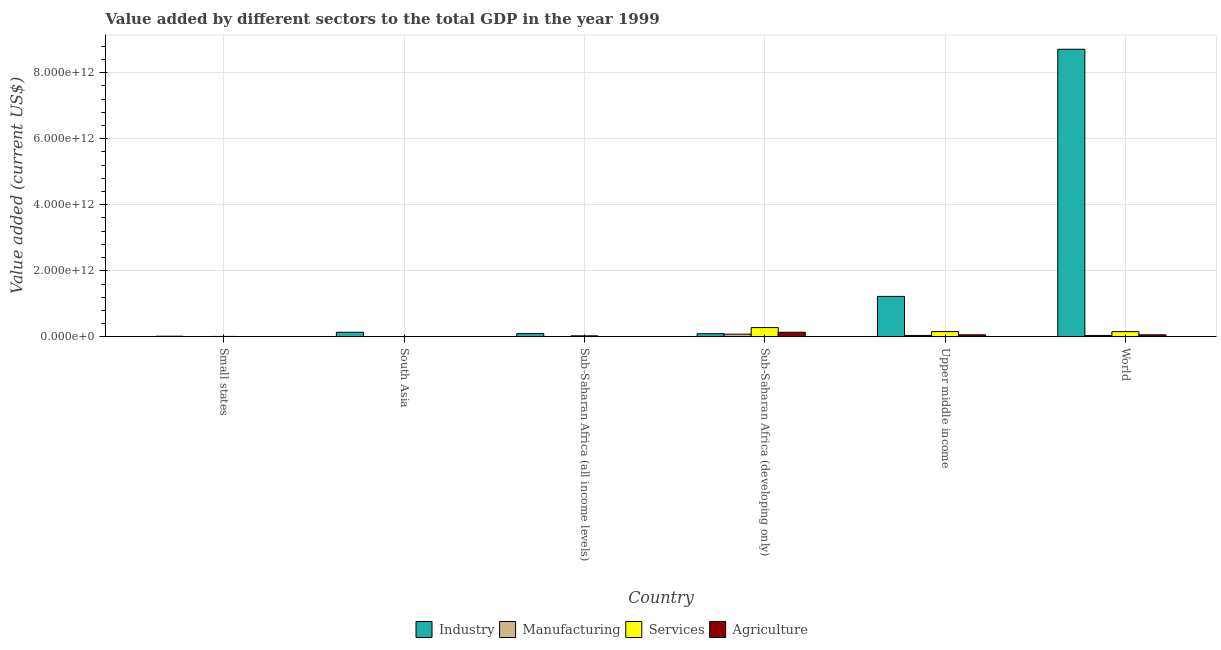
| Country | Industry | Manufacturing | Services | Agriculture |
 | --- | --- | --- | --- | --- |
 | Small states | 2.01e+10 | 3.18e+09 | 1.33e+10 | 2.44e+09 |
 | South Asia | 1.39e+11 | 3.54e+08 | 1.94e+09 | 7.24e+08 |
 | Sub-Saharan Africa (all income levels) | 9.94e+10 | 5.74e+09 | 3.25e+10 | 4.7e+09 |
 | Sub-Saharan Africa (developing only) | 9.56e+10 | 8.26e+10 | 2.81e+11 | 1.39e+11 |
 | Upper middle income | 1.23e+12 | 4.34e+10 | 1.6e+11 | 6.19e+10 |
 | World | 8.71e+12 | 4.3e+10 | 1.59e+11 | 6.18e+10 |